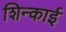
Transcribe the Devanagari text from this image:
शिन्काई